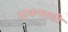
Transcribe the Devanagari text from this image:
ठाकरवाडी